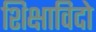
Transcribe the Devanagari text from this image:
शिक्षाविदो